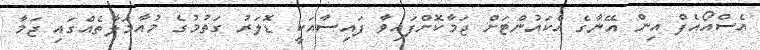
އެސްއޯއެފް އިން އޭނާގެ އެކައުންޓަށް ޖަމާކޮށްފައިވާ ފައިސާއަކީ ޑޮލަރު ގަތުމުގެ މުއާމަލާތެއްގަައި ޖަމާ